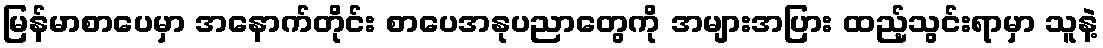
မြန်မာစာပေမှာ အနောက်တိုင်း စာပေအနုပညာတွေကို အများအပြား ထည့်သွင်းရာမှာ သူနဲ့